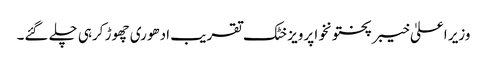
وزیر اعلیٰ خیبر پختونخوا پرویز خٹک تقریب ادھوری چھوڑ کرہی چلے گئے۔